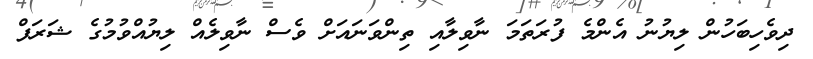
ދިވެހިބަހުން ލިޔުނު އެންމެ ފުރަތަމަ ނާވިލާއި ތިންވަނައަށް ވެސް ނާވިލެއް ލިޔުއްވުމުގެ ޝަރަފް